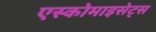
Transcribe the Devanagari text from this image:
एस्कोमाइसेट्स